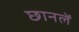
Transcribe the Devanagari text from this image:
छानलें